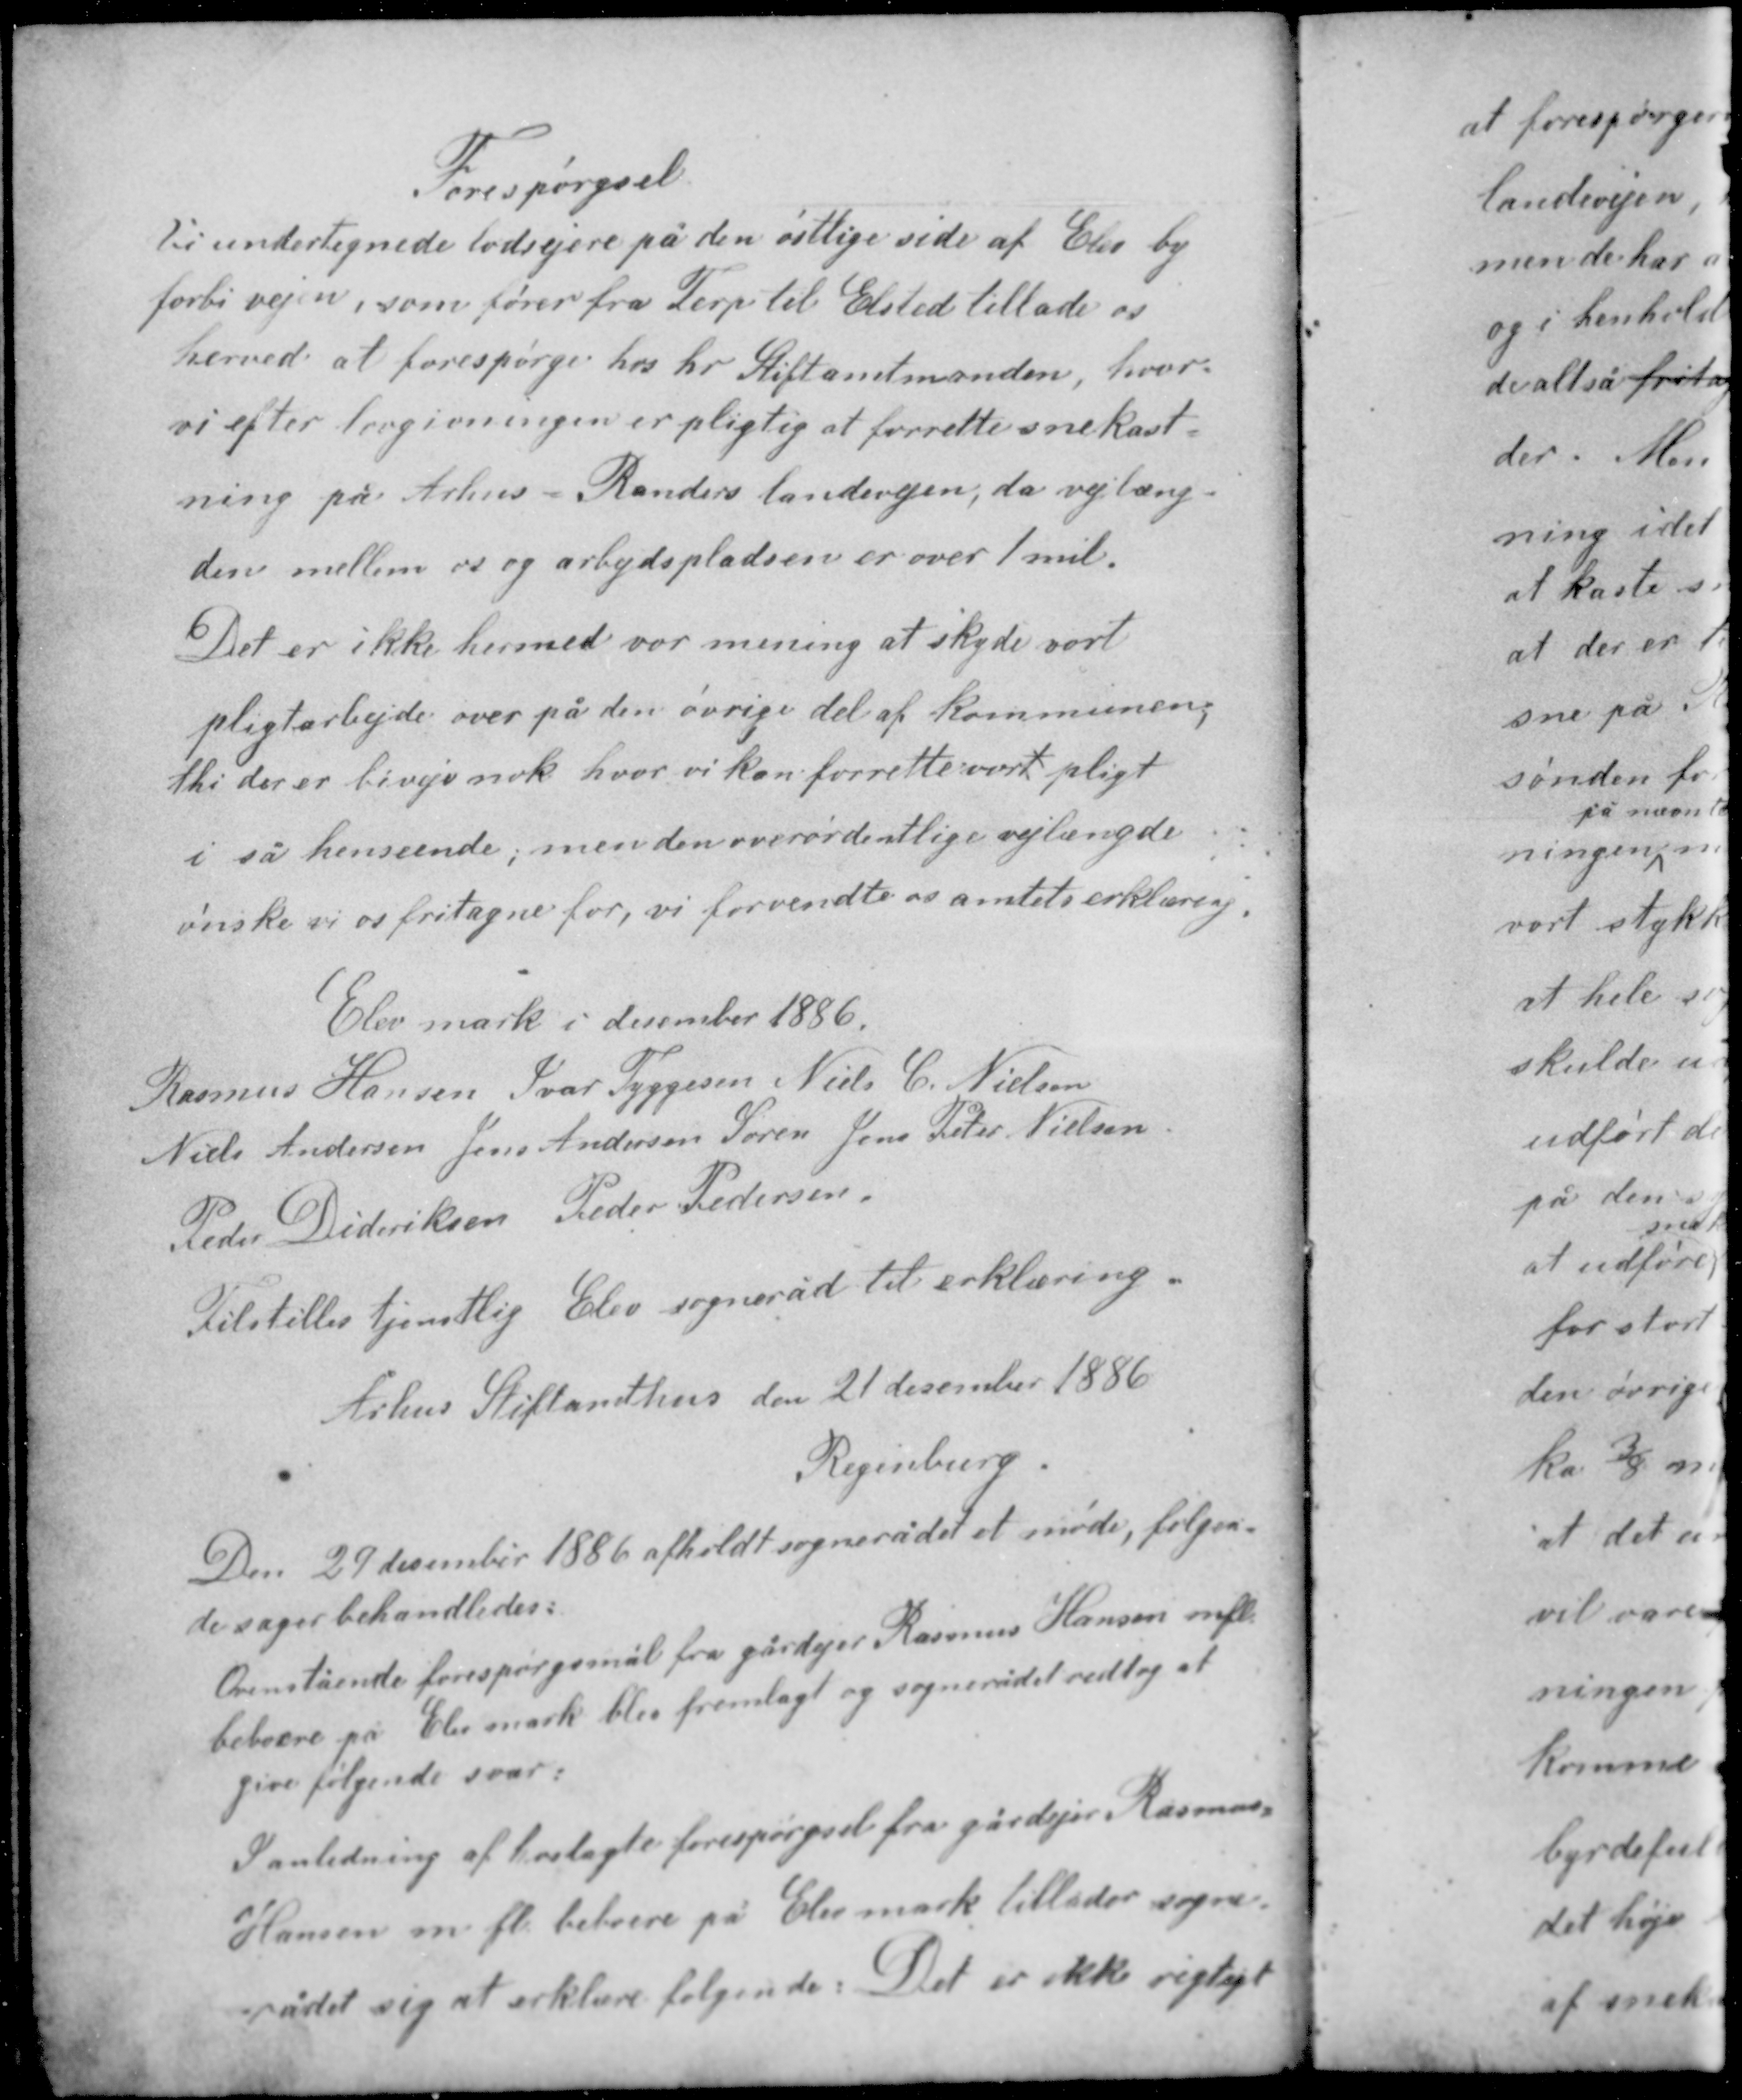
Transskription:
Forespørgsel
Vi undertegnede lodsejere på den østlige side af Elev by
forbi vejen, som fører fra Terp til Elsted tillade os
herved at forespørge hos hr Stiftamtmanden, hvor
vi efter lovgivningen er pligtig at forrette snekast-
ning på Århus - Randers landevejen, da vejlæng-
den mellem os og arbejdspladsen er over 1 mil.

Det er ikke hermed vor mening at skyde vort
pligtarbejde over på den øvrige del af kommunen,
thi der er biveje nok hvor vi kan forrette vort pligt
i så henseende, men den overordentlige vejlængde
ønske vi os fritagne for, vi forvente os amtets erklæring.

Elev mark i december 1886
Rasmus Hansen Ivar Tyggesen Niels C. Nielsen
Niels Andersen Jens Andersen Søren Jens Peter Nielsen
Peder Dideriksen Peder Pedersen.
Tilstilles tjenstlig Elev sogneråd til erklæring

Århus Stiftamthus den 21 december 1886
Regenburg

Den 29 december 1886 afholdt sognerådet et møde, følgen-
de sager behandledes:
Ovenstående forespørgsmål fra gårdejer Rasmus Hansen mfl
beboere på Elev mark blev fremlagt og sognerådet vedtog at
give følgende svar:

I anledning af hoslagte forespørgsel fra gårdejer Rasmus
Hansen m.fl beboere på Elev mark tillader sogne-
rådet sig at erklære følgende: Det er ikke rigtigt